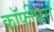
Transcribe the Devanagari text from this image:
कॉफीघरों